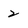
Character: 2